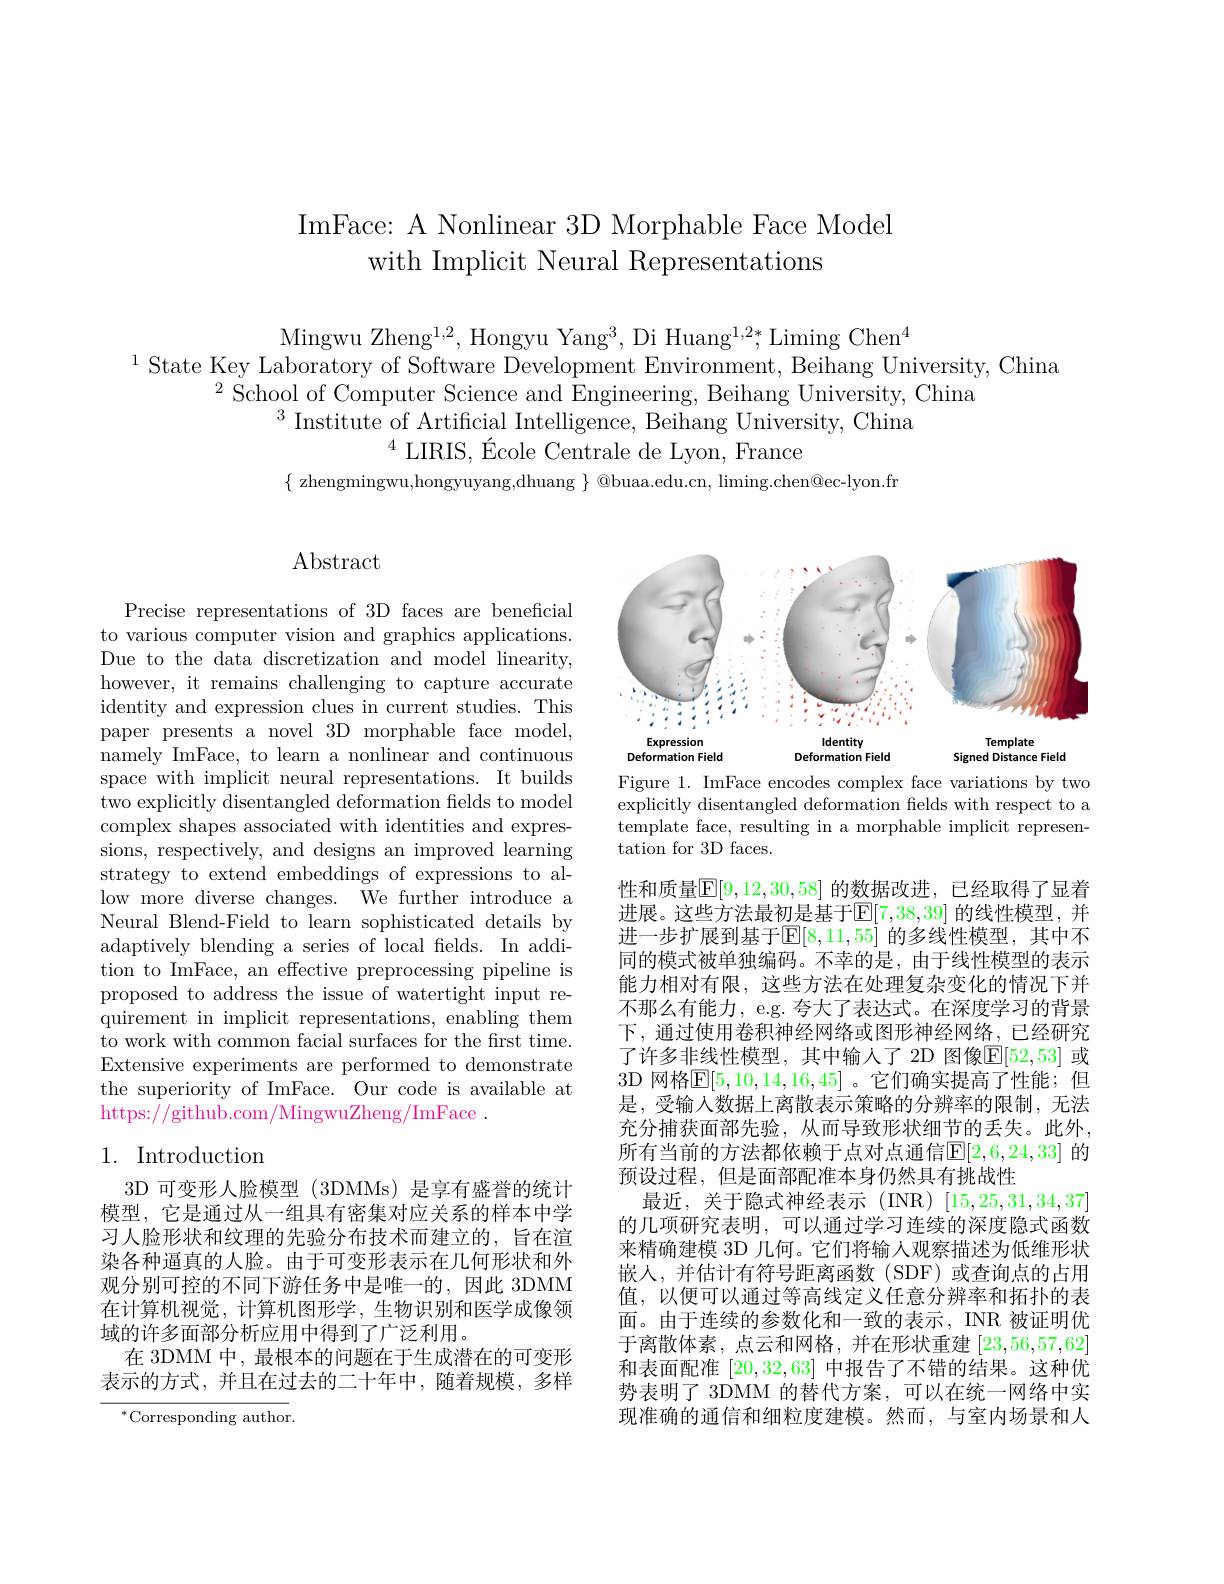
ImFace: A Nonlinear 3D Morphable Face Model
with Implicit Neural Representations

Mingwu Zheng$^1,2$,Hongyu Yang$^3$,Di Huang$^1,2*$,Liming Chen$^4$
$^{1}$State Key Laboratory of Software Development Environment, Beihang University, China
$^{2}\mathop{\text{School of Computer Science and Engineering, Beihang University, China}}$
$^{3}$Institute of Artificial Intelligence, Beihang University, China
$^{4}$LIRIS, École Centrale de Lyon, France
$\{$ zhengmingwu,hongyuyang,dhuang $\}$ @buaa.edu.cn, liming.chen@ec-lyon.fr

## Abstract

Precise representations of 3D faces are beneficial to various computer vision and graphics applications. Due to the data discretization and model linearity, however, it remains challenging to capture accurate identity and expression clues in current studies. This paper presents a novel 3D morphable face model, namely ImFace, to learn a nonlinear and continuous space with implicit neural representations. It builds two explicitly disentangled deformation fields to model complex shapes associated with identities and expressions, respectively, and designs an improved learning strategy to extend embeddings of expressions to allow more diverse changes. We further introduce a Neural Blend-Field to learn sophisticated details by adaptively blending a series of local felds. In addition to ImFace, an effective preprocessing pipeline is proposed to address the issue of watertight input requirement in implicit representations, enabling them to work with common facial surfaces for the first time. Extensive experiments are performed to demonstrate the superiority of ImFace. Our code is available at https://github.com/MingwuZheng/ImFace .

## 1. Introduction

3D 可变形人脸模型 (3DMMs)是享有盛誉的统计模型，它是通过从一组具有密集对应关系的样本中学习人脸形状和纹理的先验分布技术而建立的，旨在渲染各种逼真的人脸。由于可变形表示在几何形状和外观分别可控的不同下游任务中是唯一的，因此 3DMM 在计算机视觉，计算机图形学，生物识别和医学成像领域的许多面部分析应用中得到了广泛利用。
在 3DMM 中，最根本的问题在于生成潜在的可变形表示的方式，并且在过去的二十年中，随着规模，多样

$^{*}$Corresponding author

<FigureHere>

Figure 1. ImFace encodes complex face variations by two explicitly disentangled deformation fields with respect to a template face, resulting in a morphable implicit representation for 3D faces.

性和质量$\boxed{\mathbb{E}}[9,12,30,58]$ 的数据改进，已经取得了显着进展。这些方法最初是基于$\mathbb{E}[7,38,39]$ 的线性模型，并进一步扩展到基于$\mathbb{E}[8,11,55]$ 的多线性模型，其中不同的模式被单独编码。不幸的是，由于线性模型的表示能力相对有限，这些方法在处理复杂变化的情况下并不那么有能力，e.g. 夸大了表达式。在深度学习的背景下，通过使用卷积神经网络或图形神经网络，已经研究了许多非线性模型，其中输人了 2D 图像$\mathbb{E}[52,53]$ 或3D 网格$\mathbb{E}[5,10,14,16,45]$ 。它们确实提高了性能；但是，受输入数据上离散表示策略的分辨率的限制，无法充分捕获面部先验，从而导致形状细节的丢失。此外， 所有当前的方法都依赖于点对点通信$\mathbb{E}[2,6,24,33]$ 的预设过程，但是面部配准本身仍然具有挑战性
最近，关于隐式神经表示 (INR) [15,25,31,34,37] 的几项研究表明，可以通过学习连续的深度隐式函数来精确建模 3D 几何。它们将输入观察描述为低维形状嵌人，并估计有符号距离函数(SDF)或查询点的占用值，以便可以通过等高线定义任意分辨率和拓扑的表面。由于连续的参数化和一致的表示，INR 被证明优于离散体素，点云和网格，并在形状重建[23,56,57,62] 和表面配准[20,32,63]中报告了不错的结果。这种优势表明了 3DMM 的替代方案，可以在统一网络中实现准确的通信和细粒度建模。然而，与室内场景和人